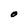
Character: O